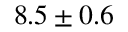
8 . 5 \pm 0 . 6